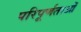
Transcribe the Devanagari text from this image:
परिपूर्णताओं